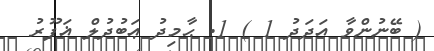
( ބޭނުންވާ އަދަދު 1 ) 1. ޙާމިދު ޢަބުދުލް ޣަފޫރު